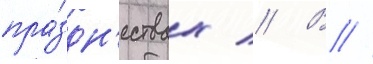
пра́здн'ествах // В //